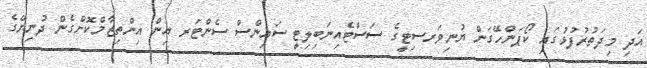
އަދި މިދަތުރުފުޅުގައި ކޯޕަންހޭގަން ޔުނިވަރސިޓީގެ ސަސްޓެއިނަބިލިޓީ ސައިންސް ސެންޓަރ އިން އިންތިޒާމްކޮށްގެން ދުނިޔޭގެ